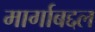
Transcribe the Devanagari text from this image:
मार्गाबद्दल